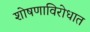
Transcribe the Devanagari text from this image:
शोषणाविरोधात